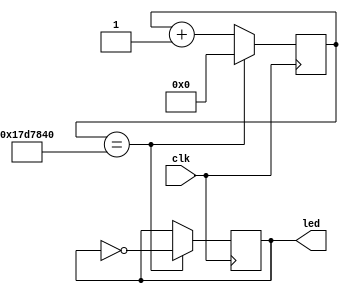
module led_twinkle(
        input clk,
        output reg [3:0] led );

    reg[24:0] counter;  
    
    always@(posedge clk)
    begin 
        counter<=counter+1;  
        
        if(counter==25'd25000000)
        begin    
            led<=~led;    
            counter<=0;   
        end   
    end
endmodule